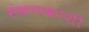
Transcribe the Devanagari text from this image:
संकणकाशी